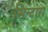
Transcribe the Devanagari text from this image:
सिन्टारा